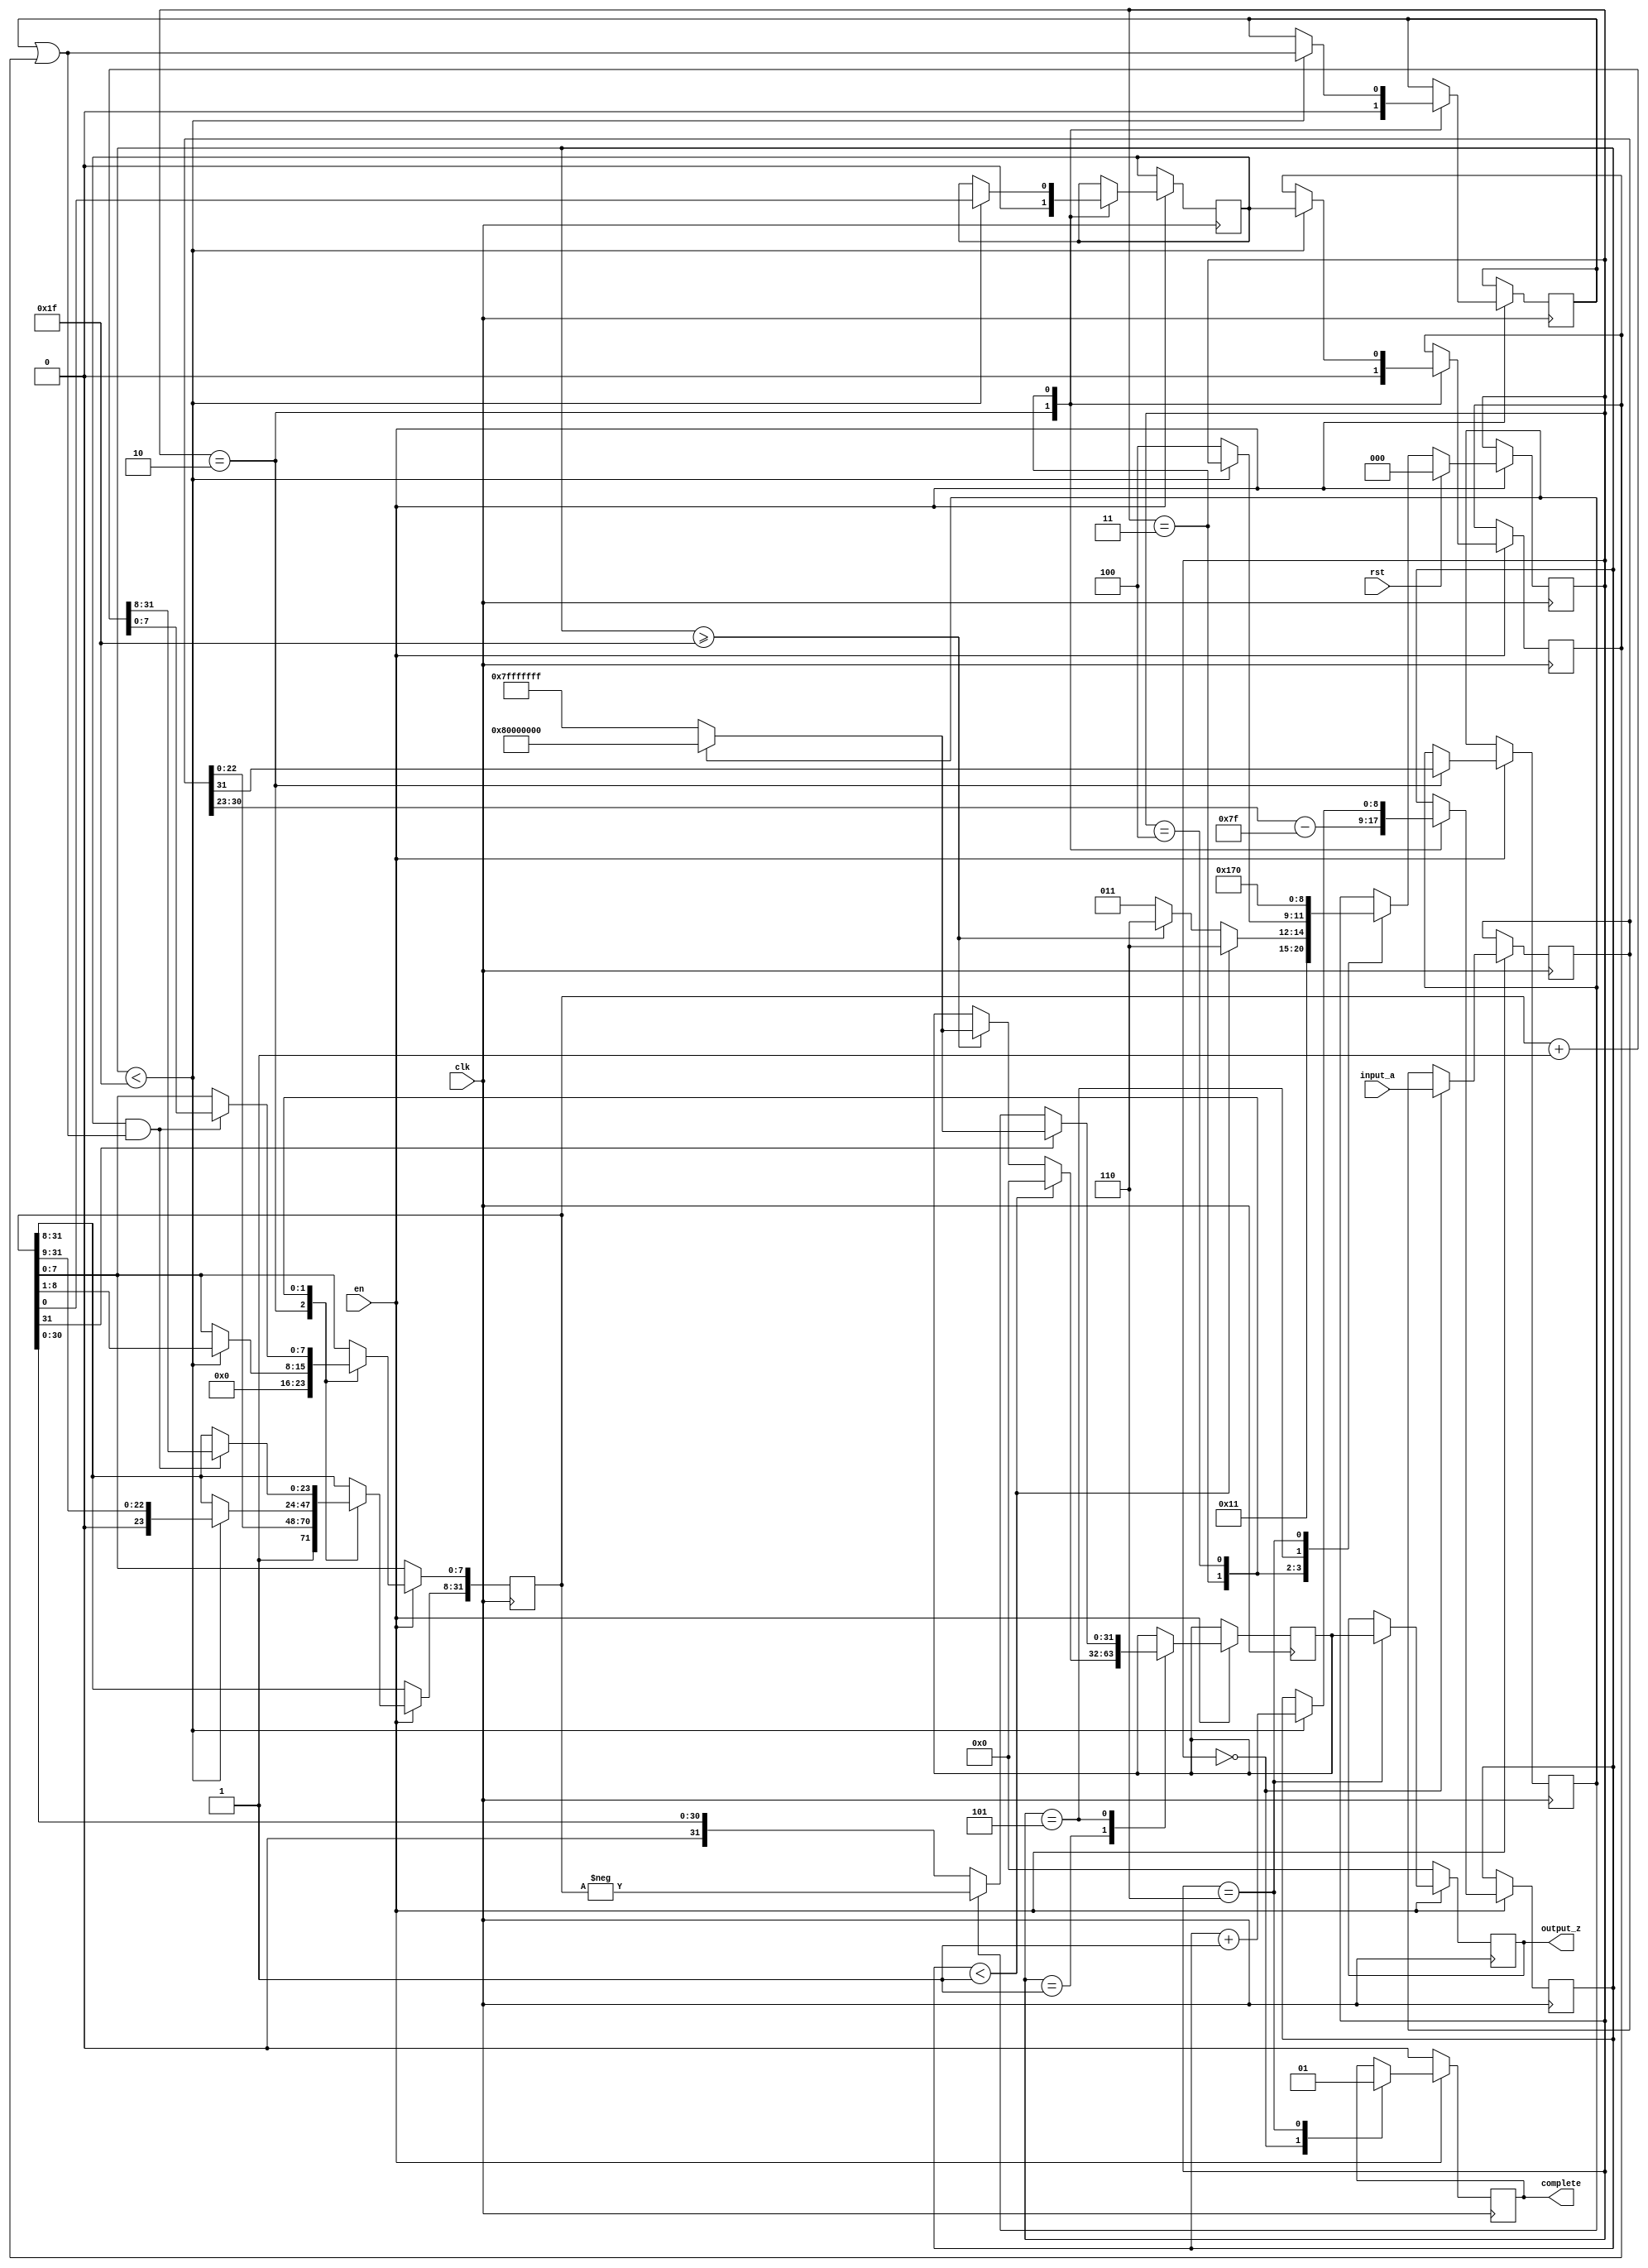
`timescale 1ns / 1ps
//////////////////////////////////////////////////////////////////////////////////
// Company: 
// Engineer: 
// 
// Design Name: 
// Module Name: floattosint
// Project Name: 
// Target Devices: 
// Tool Versions: 
// Description: 
// 
// Dependencies: 
// 
// Revision:
// Revision 0.01 - File Created
// Additional Comments:
// 
//////////////////////////////////////////////////////////////////////////////////
module floattosint(
         input_a,
        clk,
        en,
        rst,
		complete,
        output_z);

  input     clk;
  input     rst;
input   en;
  input     [31:0] input_a;
     output complete;
  output    [31:0] output_z;
  reg       [31:0] s_output_z;
   reg	 s_complete;
 
  reg       [2:0] state;
  parameter get_a         = 3'd0,
            special_cases = 3'd1,
            unpack        = 3'd2,
            shift         = 3'd3,
			round 		  = 3'd4,
			pack		  = 3'd5,
            put_z         = 3'd6;

  reg [31:0] a_m, a, z;
  reg [8:0] a_e;
  reg a_s;
	reg guard;
	reg round_bit;
	reg sticky;

  always @(posedge clk)
  begin
if(!en)
          begin
              s_output_z <= 0;
			  s_complete <= 0;
          end
       else
      begin
    case(state)
	get_a:
		begin
			a <= input_a;
			s_complete <= 0;
			state <= unpack;
		end

      unpack:
      begin
        a_m[31:8] <= {1'b1, a[22 : 0]};
        a_m[7:0] <= 0;
        a_e <= a[30 : 23] - 127;
        a_s <= a[31];
		guard <= 0;
		round_bit <= 0;
		sticky <=0;
		state <= special_cases;
      end

      special_cases:
      begin
	  //if a is denormalise or 0,return 0
	  //if a_e < -1,return 0
        if ($signed(a_e) < -1) 
		begin
          z <= 0;
          state <= put_z;
        end 
		//if a_e>31,return the maximum or the minimum
		else if ($signed(a_e) >= 31)
		begin
          z <= a_s? 32'h80000000:32'h7FFFFFFF;
          state <= put_z;
        end 
		// a_e<31 && a_e >=-1
		else 
		begin
          state <= shift;
        end
      end

      shift:
      begin
        if ($signed(a_e) < 31 )
		begin
          a_e <= a_e + 1;
          a_m <= a_m >> 1;
		  guard <= a_m[0];
		  round_bit <= guard;
		  sticky <= sticky | round_bit;
        end 
		else
		begin
          state <= round;
		end
      end
	  
	  
	  round:
	  begin
		if(guard && (round_bit | sticky))
		begin
			a_m <= a_m + 1;
		end
		state <= pack;
	end
	
	pack:
	begin
		if(a_m[31])
		begin
			z <= a_s?32'h80000000:32'h7FFFFFFF;
		end
		else 
		begin
			z<= a_s?-a_m:a_m;
		end
		state <= put_z;
	end
	
    put_z:
      begin
          s_output_z <= z; 
		s_complete <= 1;		  
          state <= get_a;
      end

    endcase

    if (rst == 1) begin
      state <= get_a;
       end

  end
 end
  assign output_z = s_output_z;
    assign complete = s_complete;

endmodule